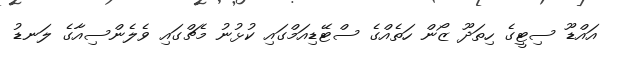
އައްޑޫ ސިޓީގެ ހިތަދޫ ޒޯން ހަތެއްގެ ސްޓޭޑިއަމްގައި ކުޅުނު މެޗްގައި ވެލެންސިއާގެ ލަނޑު